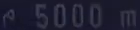
5000 m